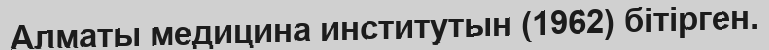
Алматы медицина институтын (1962) бітірген.